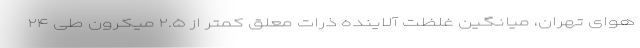
هوای تهران، میانگین غلظت آلاینده ذرات معلق کمتر از ۲.۵ میکرون طی ۲۴